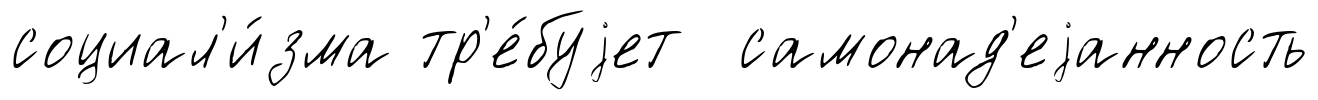
социал'и́зма тр'е́буjет самонад'еjанность